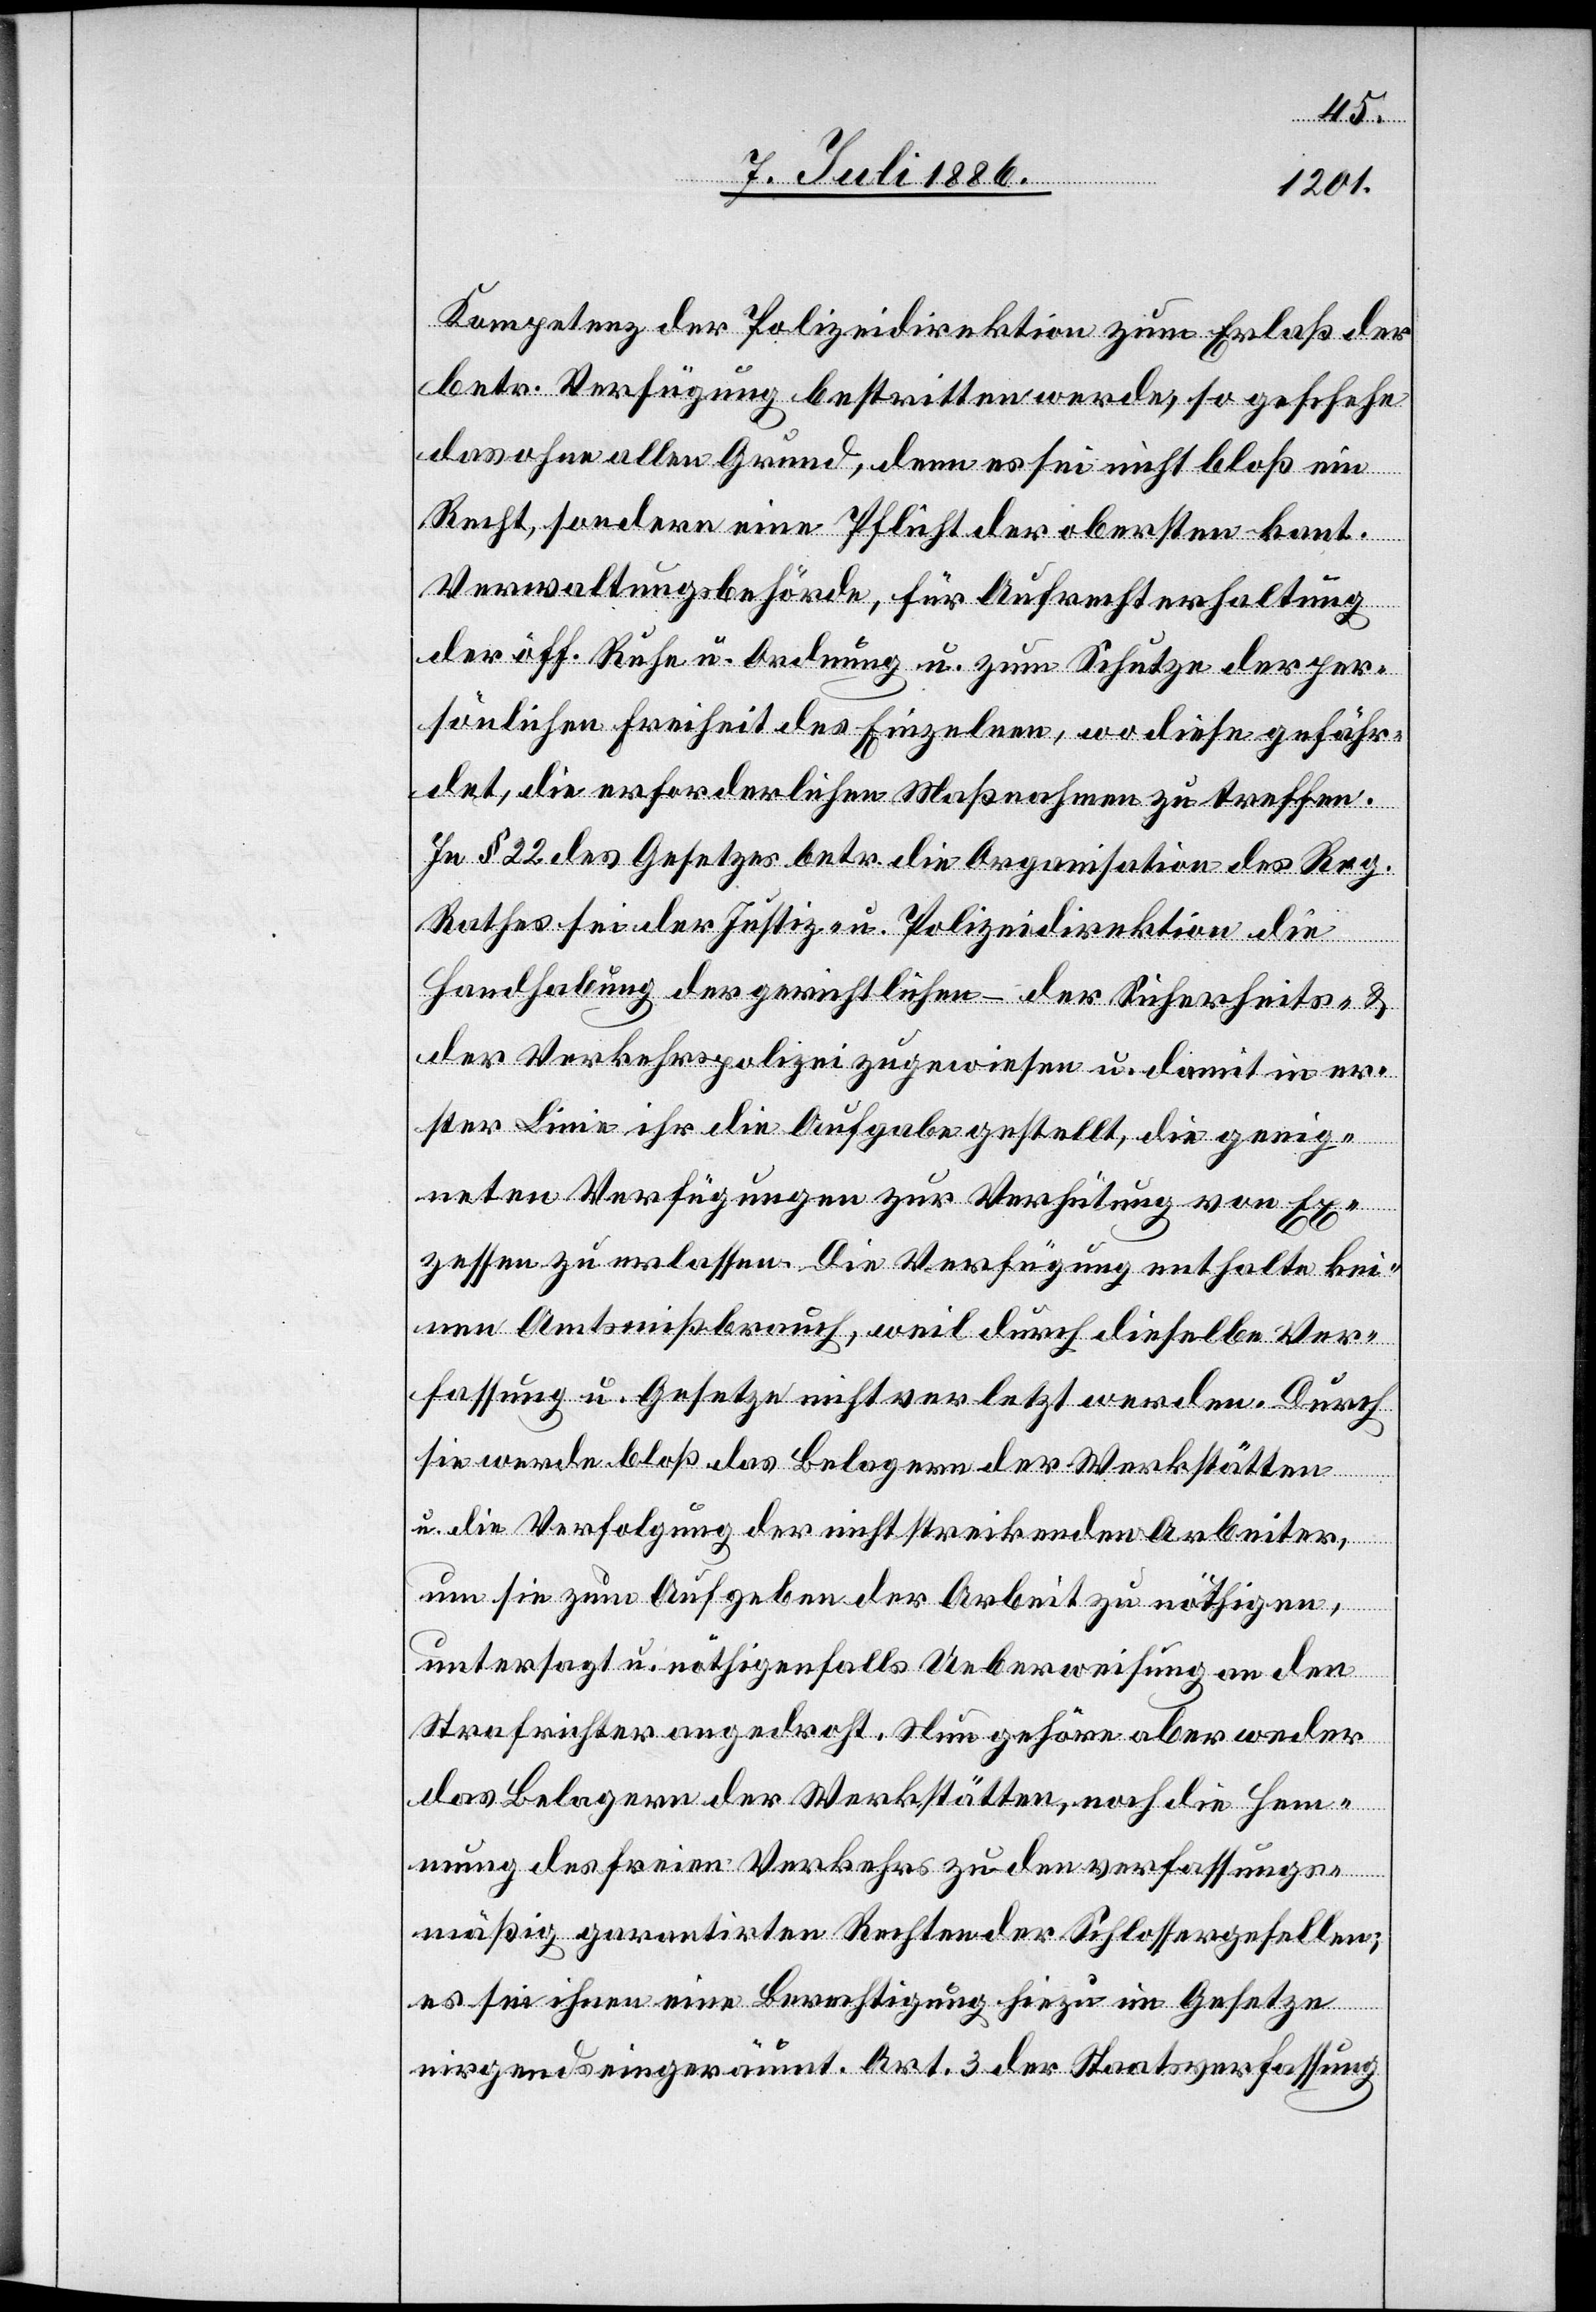
Kompetenz der Polizeidirektion zum Erlaß der
betr. Verfügung bestritten werde, so geschehe
das ohne allen Grund, denn es sei nicht bloß ein
Recht, sondern eine Pflicht der obersten kant.
Verwaltungsbehörde, für Aufrechterhaltung
der öff. Ruhe u. Ordnung u. zum Schutze der per¬
sönlichen Freiheit des Einzelnen, wo diese gefähr¬
det, die erforderlichen Maßnahmen zu treffen.
In § 22 des Gesetzes betr. die Organisation des Reg.
Rathes sei der Justiz- u. Polizeidirektion die
Handhabung der gerichtlichen – [recte: gerichtlichen,]
der Verkehrspolizei zugewiesen u. damit in er¬
ster Linie ihr die Aufgabe gestellt, die geeig¬
neten Verfügungen zur Verhütung von Ex¬
zessen zu erlassen. Die Verfügung enthalte kei¬
nen Amtsmißbrauch, weil durch dieselbe Ver¬
fassung u. Gesetze nicht verletzt werden. Durch
sie werde bloß das Belagern der Werkstätten
u. die Verfolgung der nicht strikenden Arbeiter,
um sie zum Aufgeben der Arbeit zu nöthigen,
untersagt u. nöthigenfalls Ueberweisung an den
Strafrichter angedroht. Nun gehöre aber weder
das Belagern der Werkstätten, noch die Hem¬
mung des freien Verkehrs zu den verfassungs¬
mäßig garantirten Rechten der Schlossergesellen;
es sei ihnen eine Berechtigung hiezu im Gesetze
nirgends eingeräumt. Art. 3 der Staatsverfassung